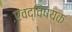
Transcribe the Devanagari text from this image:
एवद्विषयक